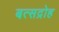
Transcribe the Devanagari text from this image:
बत्सद्रोह